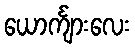
ယောင်္ကျားလေး